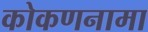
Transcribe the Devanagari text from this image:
कोकणनामा